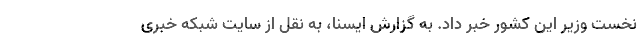
نخست وزیر این کشور خبر داد. به گزارش ایسنا، به نقل از سایت شبکه خبری